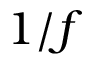
1 / f